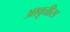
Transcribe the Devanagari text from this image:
आवृत्तीस